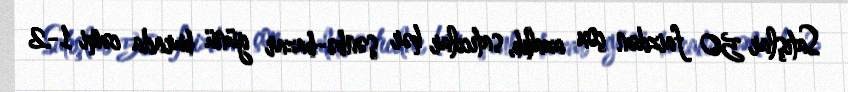
Satışlar 50 faizdən çox azalıb, satıcılar hər şənbə-bazar günü burada cəmi 1-2